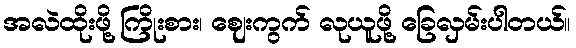
အလဲထိုးဖို့ ကြိုးစား၊ ဈေးကွက် လုယူဖို့ ခြေလှမ်းပါတယ်။